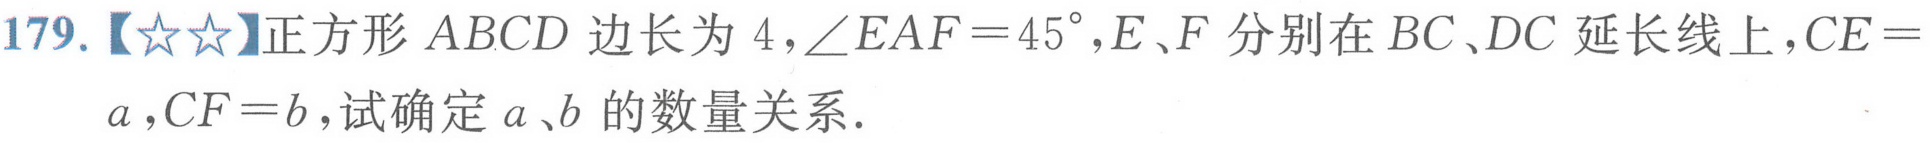
179.【★★】正方形\(ABCD\)边长为\(4\)，\(\angle EAF = 45^{\circ}\)，\(E\)、\(F\)分别在\(BC\)、\(DC\)延长线上，\(CE = a\)，\(CF = b\)，试确定\(a\)、\(b\)的数量关系．